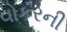
વોકરની